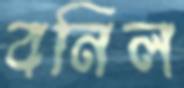
বনিল